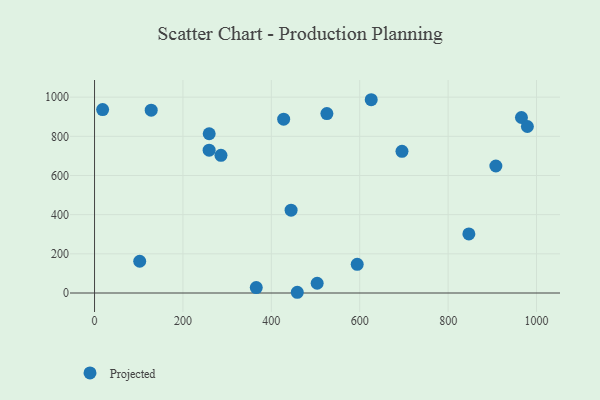
{"axis": {"x": "Distance", "y": "Fuel Efficiency"}, "legend": ["Projected"], "data": [{"x": "965.9", "y": 896.1, "type": "Projected"}, {"x": "18.3", "y": 936.6, "type": "Projected"}, {"x": "102.2", "y": 162.2, "type": "Projected"}, {"x": "458.7", "y": 3.7, "type": "Projected"}, {"x": "444.7", "y": 423.0, "type": "Projected"}, {"x": "503.7", "y": 49.8, "type": "Projected"}, {"x": "695.6", "y": 723.3, "type": "Projected"}, {"x": "259.4", "y": 813.1, "type": "Projected"}, {"x": "908.0", "y": 648.6, "type": "Projected"}, {"x": "286.0", "y": 702.9, "type": "Projected"}, {"x": "979.3", "y": 850.2, "type": "Projected"}, {"x": "846.9", "y": 301.7, "type": "Projected"}, {"x": "626.0", "y": 986.9, "type": "Projected"}, {"x": "128.2", "y": 933.5, "type": "Projected"}, {"x": "259.3", "y": 729.3, "type": "Projected"}, {"x": "427.9", "y": 887.5, "type": "Projected"}, {"x": "525.7", "y": 916.2, "type": "Projected"}, {"x": "365.9", "y": 27.8, "type": "Projected"}, {"x": "594.3", "y": 146.2, "type": "Projected"}]}